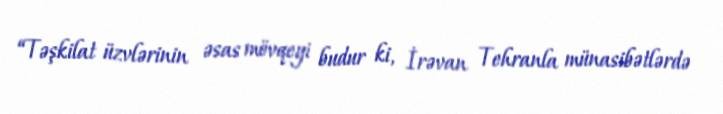
“Təşkilat üzvlərinin əsas mövqeyi budur ki, İrəvan Tehranla münasibətlərdə